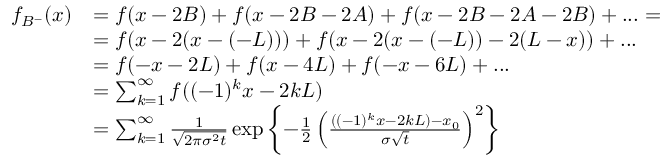
\begin{array} { r l } { f _ { B ^ { - } } ( x ) } & { = f ( x - 2 B ) + f ( x - 2 B - 2 A ) + f ( x - 2 B - 2 A - 2 B ) + . . . = } \\ & { = f ( x - 2 ( x - ( - L ) ) ) + f ( x - 2 ( x - ( - L ) ) - 2 ( L - x ) ) + . . . } \\ & { = f ( - x - 2 L ) + f ( x - 4 L ) + f ( - x - 6 L ) + . . . } \\ & { = \sum _ { k = 1 } ^ { \infty } f ( ( - 1 ) ^ { k } x - 2 k L ) } \\ & { = \sum _ { k = 1 } ^ { \infty } \frac { 1 } { \sqrt { 2 \pi \sigma ^ { 2 } t } } \exp \left\lbrace - \frac { 1 } { 2 } \left( \frac { ( ( - 1 ) ^ { k } x - 2 k L ) - x _ { 0 } } { \sigma \sqrt { t } } \right) ^ { 2 } \right\rbrace } \end{array}